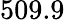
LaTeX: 509.9